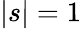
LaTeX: \left|s\right|=1